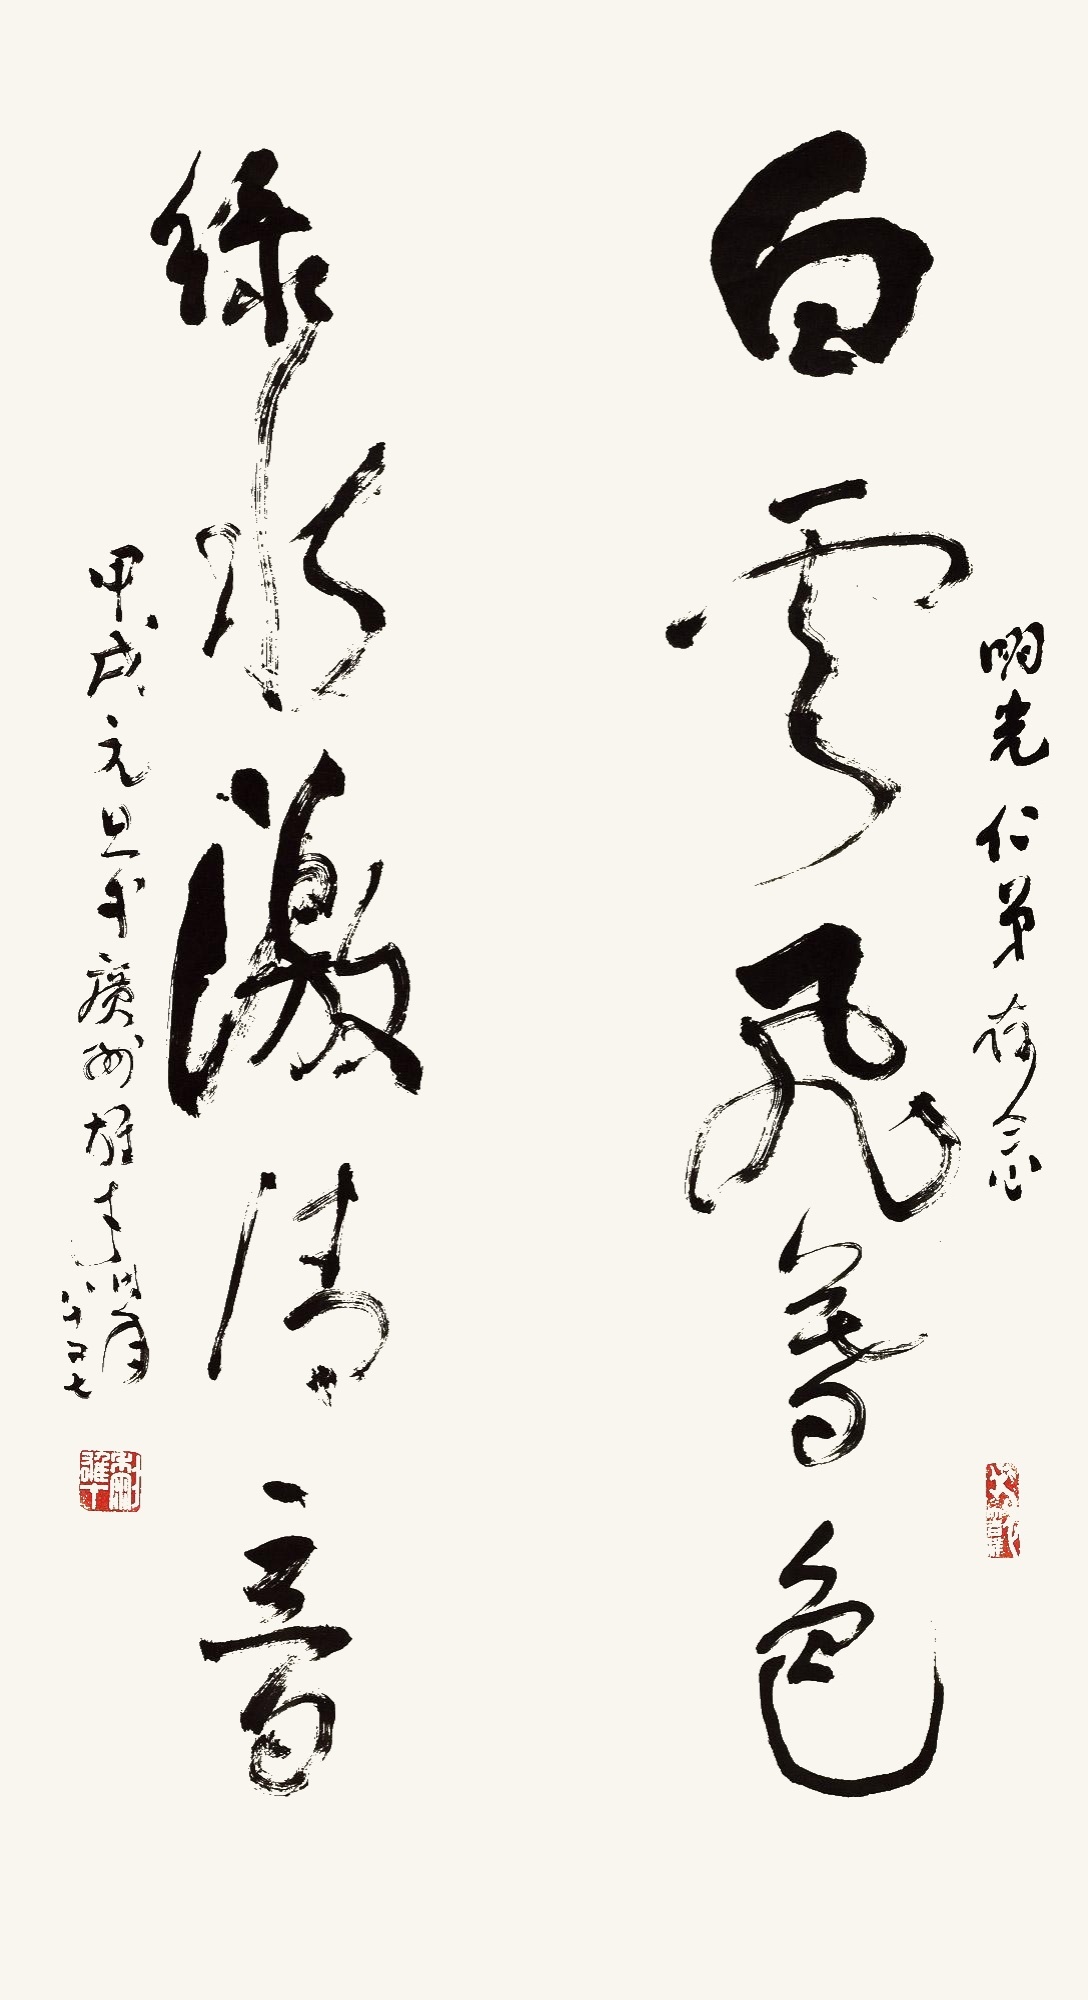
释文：白云飞暮色，绿水激清音。明光仁弟存念，甲戌元旦于广州，雄才时年八十又七。